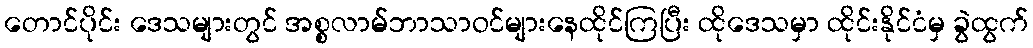
တောင်ပိုင်း ဒေသများတွင် အစ္စလာမ်ဘာသာဝင်များနေထိုင်ကြပြီး ထိုဒေသမှာ ထိုင်းနိုင်ငံမှ ခွဲထွက်